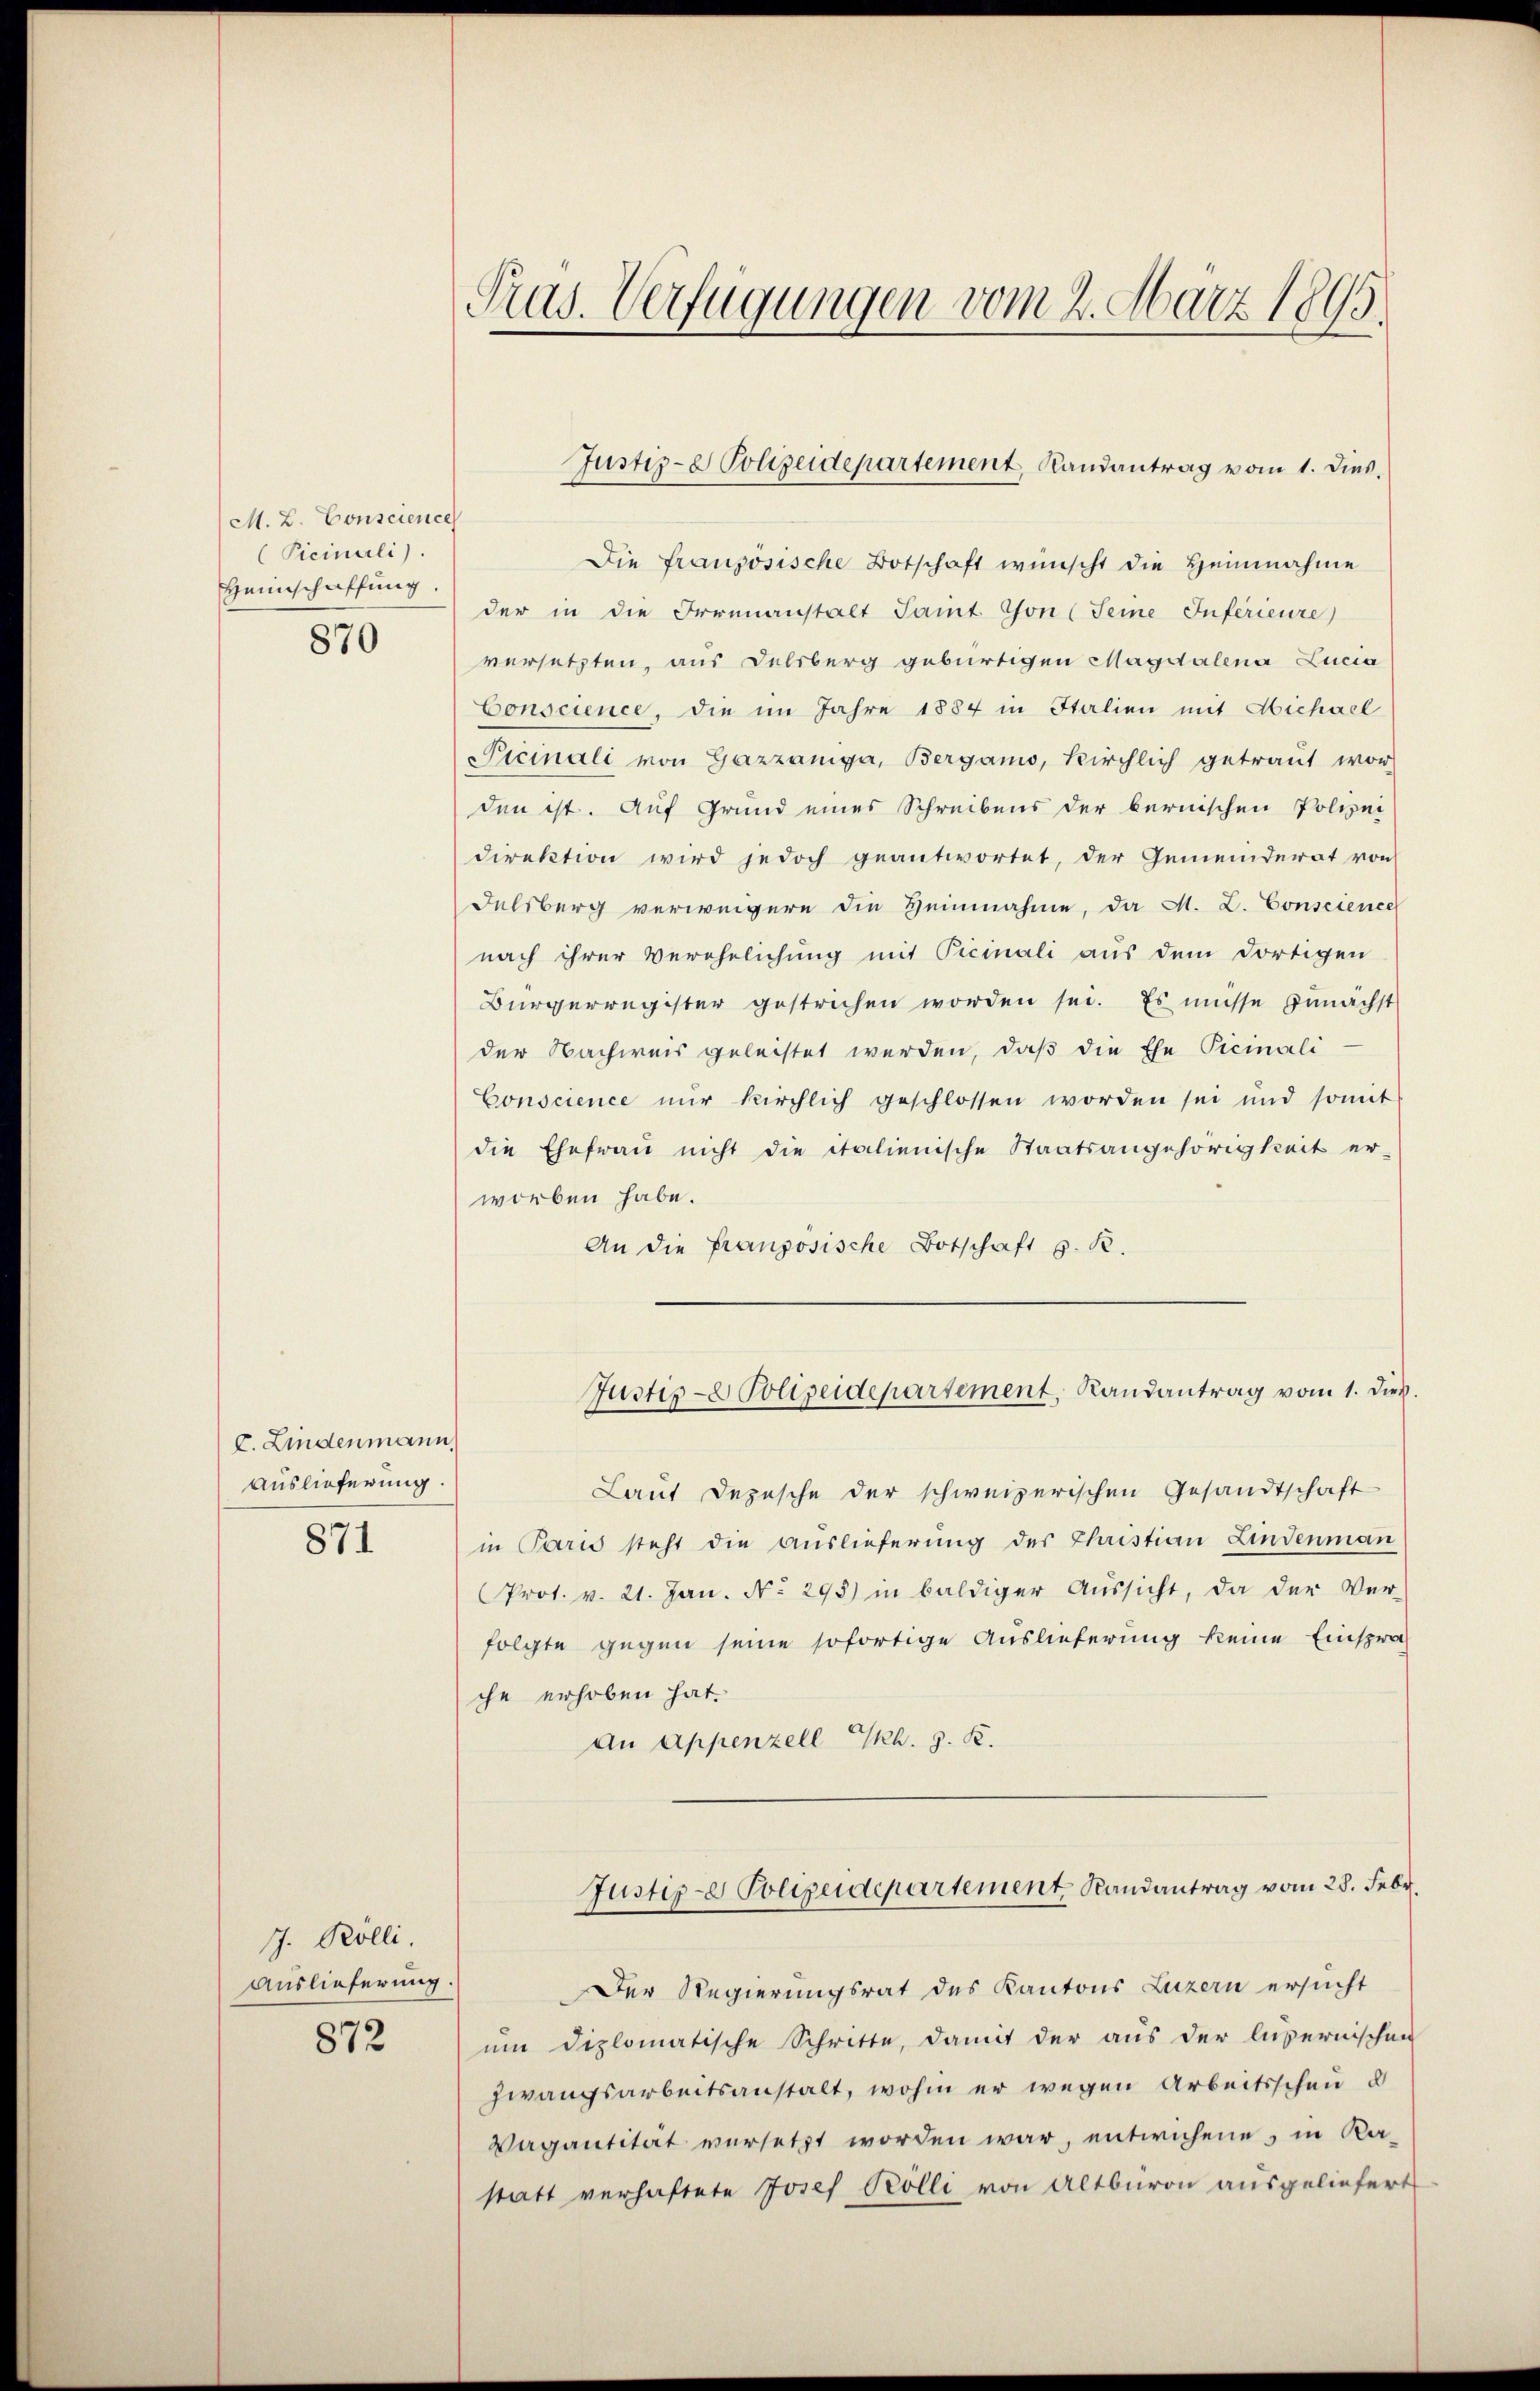
M. L. Conscience
(Picinali).
Heimschaffung.

870

c. Lindenmann
Auslieferung.

871

7. Kölli.
Auslieferung.

872

Pras. Verfügungen vom 2. März 1895.

Die französische Botschaft wünscht die Heinnahme
der in die Irrenanstalt Samt Thon (Seine Inferieure
versetzten, aus Delsberg gebürtigen Magdalena Lucia
Conscience, die im Jahre 1884 in Italien mit Michael
PPicinali von Gazzaniga, Bergamo, Kirchlich getraut wor-
den ist. Auf Grund eines Schreibens der bernischen Polizei
direktion wird jedoch geantwortet, der Gemeinderat von
Delsberg verweigern die Heinnahme, da M. L. Conscience
nach ihrer Verehelichung mit Picinali aus dem dortigen
Bürgerregister gestrichen worden sei. Es müsse genächst
der Nachweis geleistet werden, daß die Ehe Picinali
Conscience nur kirchlich geschlossen worden sei und somit
die Ehefrau nicht die italienische Staatsangehörigkeit er-
worben habe.
An die Französische Botschaft z. R.
Justiz- & Polizeidepartement, Randantrag vom 1. Dies
Laut Depesche der schweizerischen Gesandtschaft
in Paris steht die Auslieferung des Christian Lindenman
Prot. v. 21. Jan. No. 295) in baldiger Aŭssicht, da der Ver-
folgte gegen seine sofortige Auslieferung keine Einsprach
che erhoben hat.
An Appenzell Th. 9. K.
Justiz- Polizeidepartement Randantrag vom 28. Febr.
Der Regierungsrat des Kantons Luzern ersucht
um diplomatische Schritte, damit der aus der lusernischen
zwangsarbeitsanstalt, wohin er wegen Arbeitsschen u
Vagantität versetzt worden war, entwichene, in Ka-
statt verhaftete Josef Kölli von Altburg ausgeliefert

Justiz- & Polizeidepartement, Randantrag vom 1. Dies.